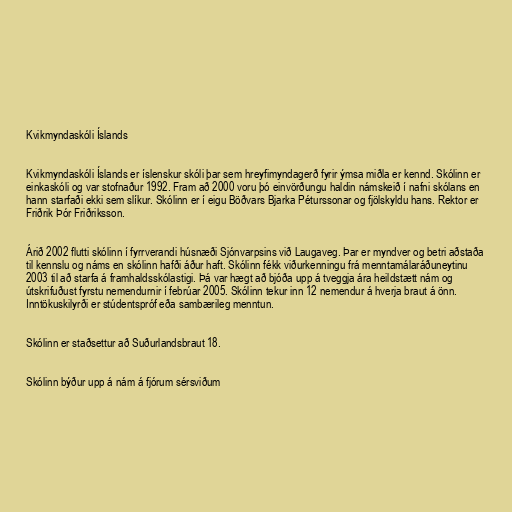
Kvikmyndaskóli Íslands

Kvikmyndaskóli Íslands er íslenskur skóli þar sem hreyfimyndagerð fyrir ýmsa miðla er kennd. Skólinn er
einkaskóli og var stofnaður 1992. Fram að 2000 voru þó einvörðungu haldin námskeið í nafni skólans en
hann starfaði ekki sem slíkur. Skólinn er í eigu Böðvars Bjarka Péturssonar og fjölskyldu hans. Rektor er
Friðrik Þór Friðriksson.

Árið 2002 flutti skólinn í fyrrverandi húsnæði Sjónvarpsins við Laugaveg. Þar er myndver og betri aðstaða
til kennslu og náms en skólinn hafði áður haft. Skólinn fékk viðurkenningu frá menntamálaráðuneytinu
2003 til að starfa á framhaldsskólastigi. Þá var hægt að bjóða upp á tveggja ára heildstætt nám og
útskrifuðust fyrstu nemendurnir í febrúar 2005. Skólinn tekur inn 12 nemendur á hverja braut á önn.
Inntökuskilyrði er stúdentspróf eða sambærileg menntun.

Skólinn er staðsettur að Suðurlandsbraut 18.

Skólinn býður upp á nám á fjórum sérsviðum